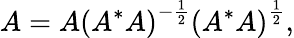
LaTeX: A=A\left(A^{*}A\right)^{-{\frac{1}{2}}}\left(A^{*}A\right)^{\frac{1}{2}},